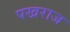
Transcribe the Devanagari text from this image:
पखराज